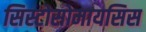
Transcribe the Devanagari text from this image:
सिस्टोसोमायसिस